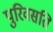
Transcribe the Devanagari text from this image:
पुरिवसति